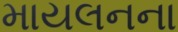
માયલનના